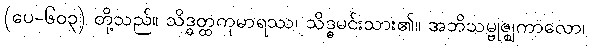
(ပေ-၆၀၃) တို့သည်။ သိဒ္ဓတ္ထကုမာရဿ၊ သိဒ္ဓမင်းသား၏။ အဘိသမ္ဗုဇ္ဈကာလော၊